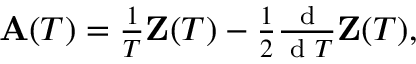
\begin{array} { r } { \mathbf A ( T ) = \frac { 1 } { T } \mathbf Z ( T ) - \frac { 1 } { 2 } \frac { \textrm { d } } { \textrm { d } T } \mathbf Z ( T ) , } \end{array}